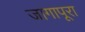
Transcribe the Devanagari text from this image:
जागापूरा